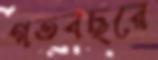
গতবছরে